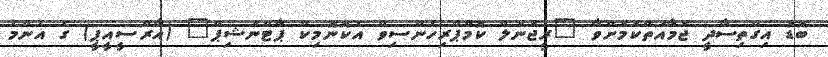
ބޮޑު އިގްތިސާދީ ޖަމާއަތްކަމަށްވާ "ރީޖަނަލް ކޮމްޕްރިހެންސިވް އެކޮނޮމިކް ޕާޓްނަޝިޕް" (އާރްސީއީޕީ) ގެ އެންމެ